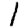
Digit: 1